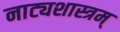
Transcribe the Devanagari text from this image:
नाट्यशास्त्रम्